Annual report on the mental hospital in the Central Provinces and Berar (Nagpur) - 1927-1951
Year: 1927
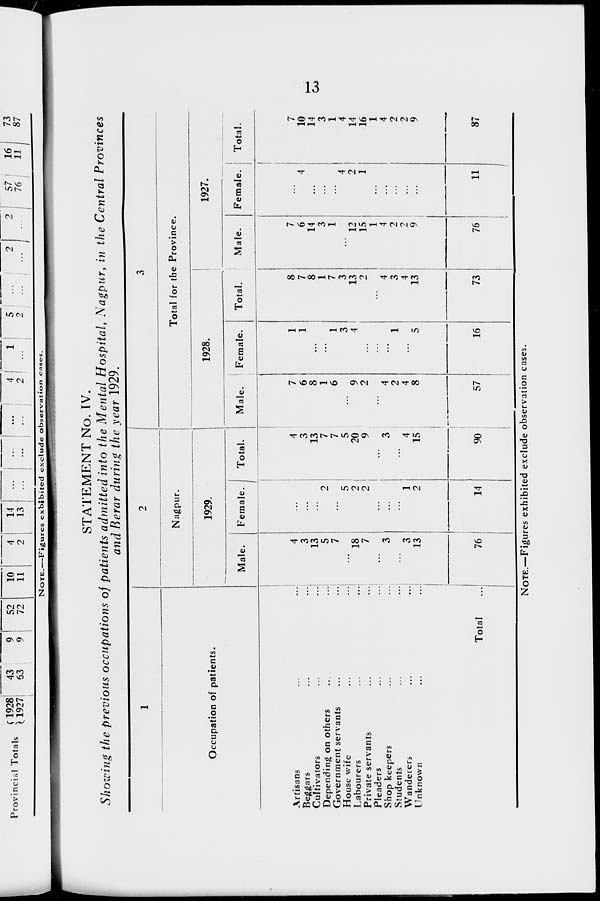
13
STATEMENT No. IV.
Showing the previous occupations of patients admitted into the Mental Hospital, Nagpur, in the Central Provinces
and Berar during the year 1929.
1
Occupation of patients.
Artisans ... ...
Beggars ... ...
Cultivators ... ...
Depending on others ... ...
Government servants ... ...
House wife ... ...
Labourers ... ...
Private servants ... ...
Pleaders ... ...
Shop keepers ... ...
Students ... ...
Wanderers ... ...
Unknown ... ...
Total
...
2
Nagpur.
1929.
Male.
4
3
13
5
7
...
18
7
...
3
...
3
13
76
Female.
...
...
...
2
...
5
2
2
...
...
...
1
2
14
Total.
4
3
13
7
7
5
20
9
...
3
...
4
15
90
3
Total for the Province.
1928.
Male.
7
6
8
1
6
...
9
2
...
4
2
4
8
57
Female.
1
1
...
...
1
3
4
...
...
...
1
...
5
16
Total.
8
7
8
1
7
3
13
2
...
4
3
4
13
73
1927.
Male.
7
6
14
3
1
...
12
15
1
4
2
2
9
76
Female.
...
4
...
...
...
4
2
1
...
...
...
...
...
11
Total.
7
10
14
3
1
4
14
16
1
4
2
2
9
87
NOTE.—Figures exhibited exclude observation cases.